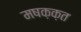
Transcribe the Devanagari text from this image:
मषक़क़त